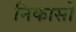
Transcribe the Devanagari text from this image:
निकासो